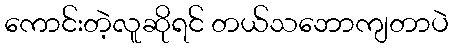
ကောင်းတဲ့လူဆိုရင် တယ်သဘောကျတာပဲ